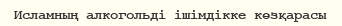
Исламның алкогольді ішімдікке көзқарасы